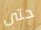
حتى